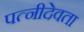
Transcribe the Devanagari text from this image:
पत्नीदेवता